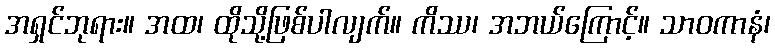
အရှင်ဘုရား။ အထ၊ ထိုသို့ဖြစ်ပါလျက်။ ကိဿ၊ အဘယ်ကြောင့်။ သာဝကာနံ၊